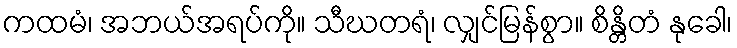
ကထမံ၊ အဘယ်အရပ်ကို။ သီဃတရံ၊ လျှင်မြန်စွာ။ စိန္တိတံ နုခေါ၊